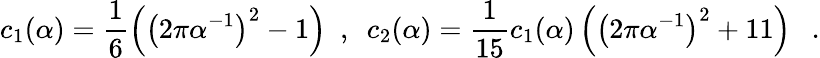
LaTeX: c_{1}(\alpha)=\frac 16\left(\left(2\pi\alpha^{-1}\right)^{2}-1\right)~~,~~c_{2}(\alpha)={\frac{1}{15}}c_{1}(\alpha)\left(\left(2\pi\alpha^{-1}\right)^{2}+11\right)~~~.